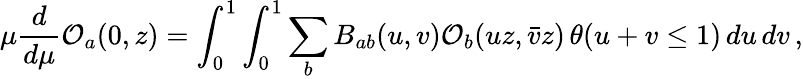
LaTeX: \mu\frac{d}{d\mu}{\cal O}_{a}(0,z)=\int_{0}^{1}\int_{0}^{1}\sum_{b}B_{ab}(u,v){\cal O}_{b}(uz,\bar{v}z)\, \theta(u+v\leq 1)\, du\, dv\, ,